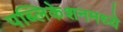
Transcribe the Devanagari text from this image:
पब्लिकेशनमध्ये